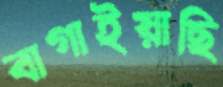
বাগাইয়াছি